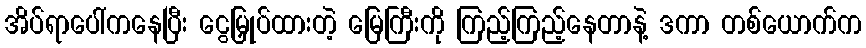
အိပ်ရာပေါ်ကနေပြီး ငွေမြှုပ်ထားတဲ့ မြေကြီးကို ကြည့်ကြည့်နေတာနဲ့ ဒကာ တစ်ယောက်က